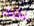
بذلك